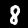
Label: 8